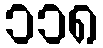
၁၁၈